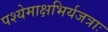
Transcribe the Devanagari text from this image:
पश्येमाक्षभिर्यजत्राः